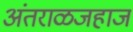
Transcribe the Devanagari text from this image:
अंतराळजहाज